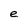
Character: e